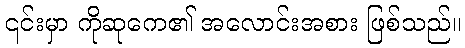
၎င်းမှာ ကိုဆုကေ၏ အလောင်းအစား ဖြစ်သည်။